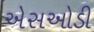
એસઓડી